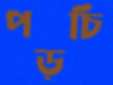
পড়চি